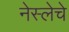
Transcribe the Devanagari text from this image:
नेस्लेचे